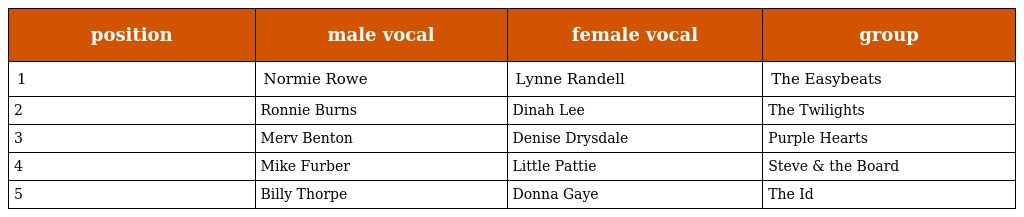
| position | male vocal | female vocal | group |
 | --- | --- | --- | --- |
 | 1 | Normie Rowe | Lynne Randell | The Easybeats |
 | 2 | Ronnie Burns | Dinah Lee | The Twilights |
 | 3 | Merv Benton | Denise Drysdale | Purple Hearts |
 | 4 | Mike Furber | Little Pattie | Steve & the Board |
 | 5 | Billy Thorpe | Donna Gaye | The Id |